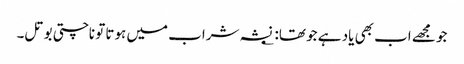
جو مجھے اب بھی یاد ہے جو تھا: ؂ نشہ شراب میں ہوتا تو ناچتی بوتل۔